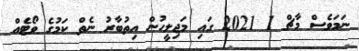
ނަމަވެސް މާޗް 1 2021 ގައި މަޖިލީހުން އިތުބާރު ނެތް ކަމުގެ ވޯޓެއް